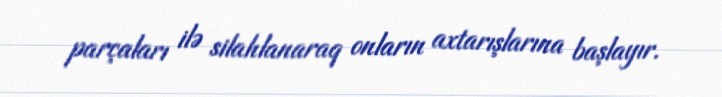
parçaları ilə silahlanaraq onların axtarışlarına başlayır.